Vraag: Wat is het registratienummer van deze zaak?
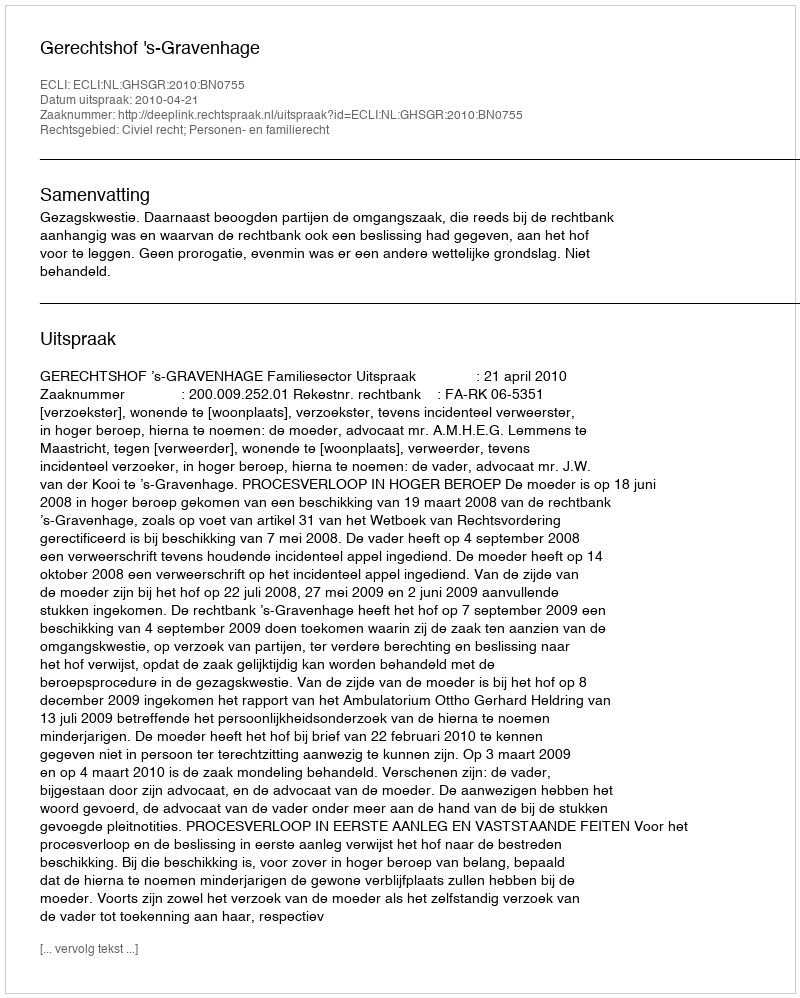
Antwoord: http://deeplink.rechtspraak.nl/uitspraak?id=ECLI:NL:GHSGR:2010:BN0755